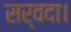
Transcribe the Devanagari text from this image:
सर्वदा।